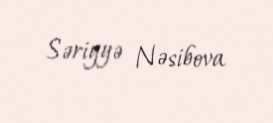
Səriyyə Nəsibova